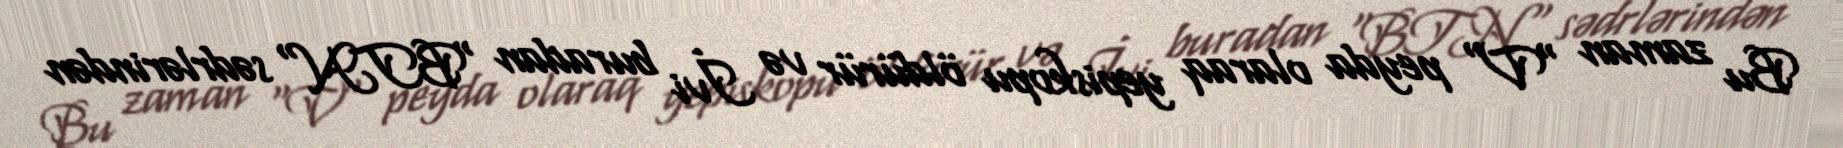
Bu zaman "V" peyda olaraq yepiskopu öldürür və İvi buradan "BTN" sədrlərindən